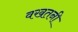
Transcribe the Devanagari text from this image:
वखतनी